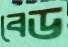
বেড